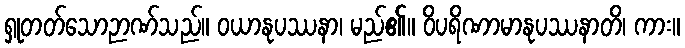
ရှုတတ်သောဉာဏ်သည်။ ဝယာနုပဿနာ၊ မည်၏။ ဝိပရိဏာမာနုပဿနာတိ၊ ကား။